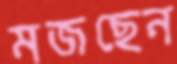
মজছেন